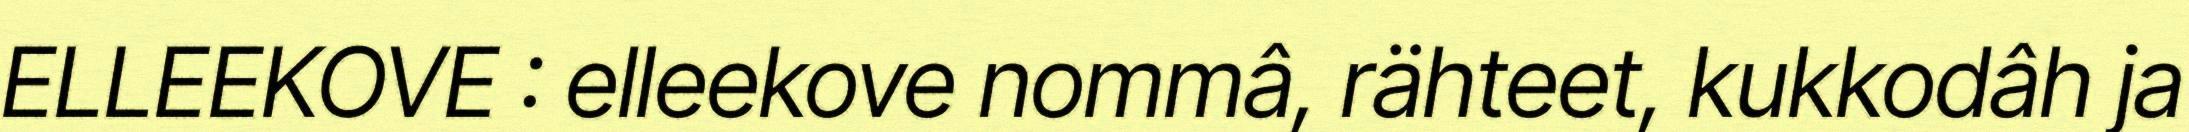
ELLEEKOVE : elleekove nommâ, rähteet, kukkodâh ja